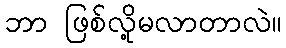
ဘာ ဖြစ်လို့မလာတာလဲ။